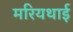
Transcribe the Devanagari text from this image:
मरियथाई